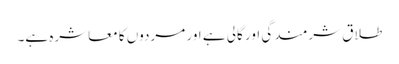
طلاق شرمندگی اور گالی ہے اور مردوں کا معاشرہ ہے۔